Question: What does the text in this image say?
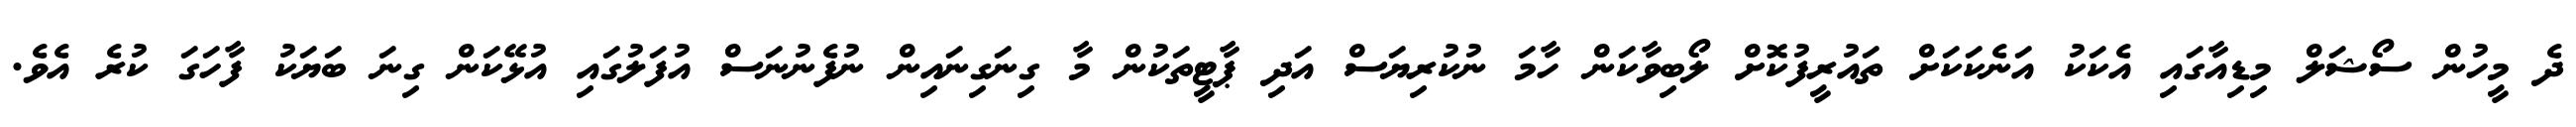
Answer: ދެ މީހުން ސޯޝަލް މިޑިއާގައި އެކަކު އަނެކަކަށް ތައުރީފުކޮށް ލޯބިވާކަން ހާމަ ނުކުރިޔަސް އަދި ޕާޓީތަކުން މާ ގިނަގިނައިން ނުފެނުނަސް އުފަލުގައި އުޅޭކަން ގިނަ ބަޔަކު ފާހަގަ ކުރެ އެވެ.